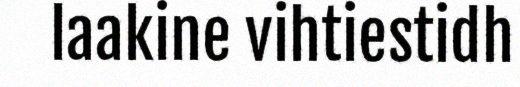
laakine vihtiestidh